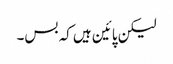
لیکن پائین ہیں کہ بس۔